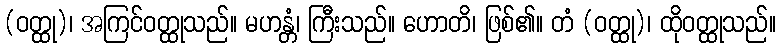
(ဝတ္ထု)၊ အကြင်ဝတ္ထုသည်။ မဟန္တံ၊ ကြီးသည်။ ဟောတိ၊ ဖြစ်၏။ တံ (ဝတ္ထု)၊ ထိုဝတ္ထုသည်။